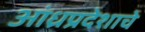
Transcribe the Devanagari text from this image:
आंध्रप्रदेशाचे